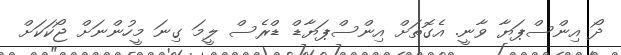
ދޯ އިންސްޕަޔާ ވާނީ. އެގޮތަށް އިންސްޕަޔާޑް ޑްރެސް ލީމަ ގިނަ މީހުންނަށް ޖޯކަކަށް